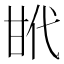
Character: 𢎌